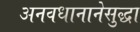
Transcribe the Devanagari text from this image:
अनवधानानेसुद्धा